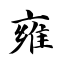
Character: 雍